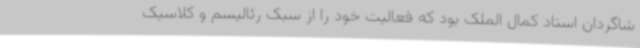
شاگردان استاد کمال الملک بود که فعالیت خود را از سبک رئالیسم و کلاسیک